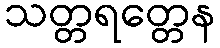
သတ္တရတ္တေန